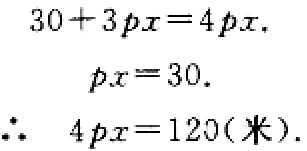
\[
\begin{align*}
30 + 3px&=4px.\\
px&=30.\\
\therefore\ 4px&=120(米).
\end{align*}
\]